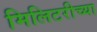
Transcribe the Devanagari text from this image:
मिलिटरीच्या